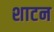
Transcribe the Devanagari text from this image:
शाटन